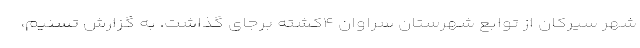
شهر سیرکان از توابع شهرستان سراوان ۴کشته برجای گذاشت. به گزارش تسنیم،